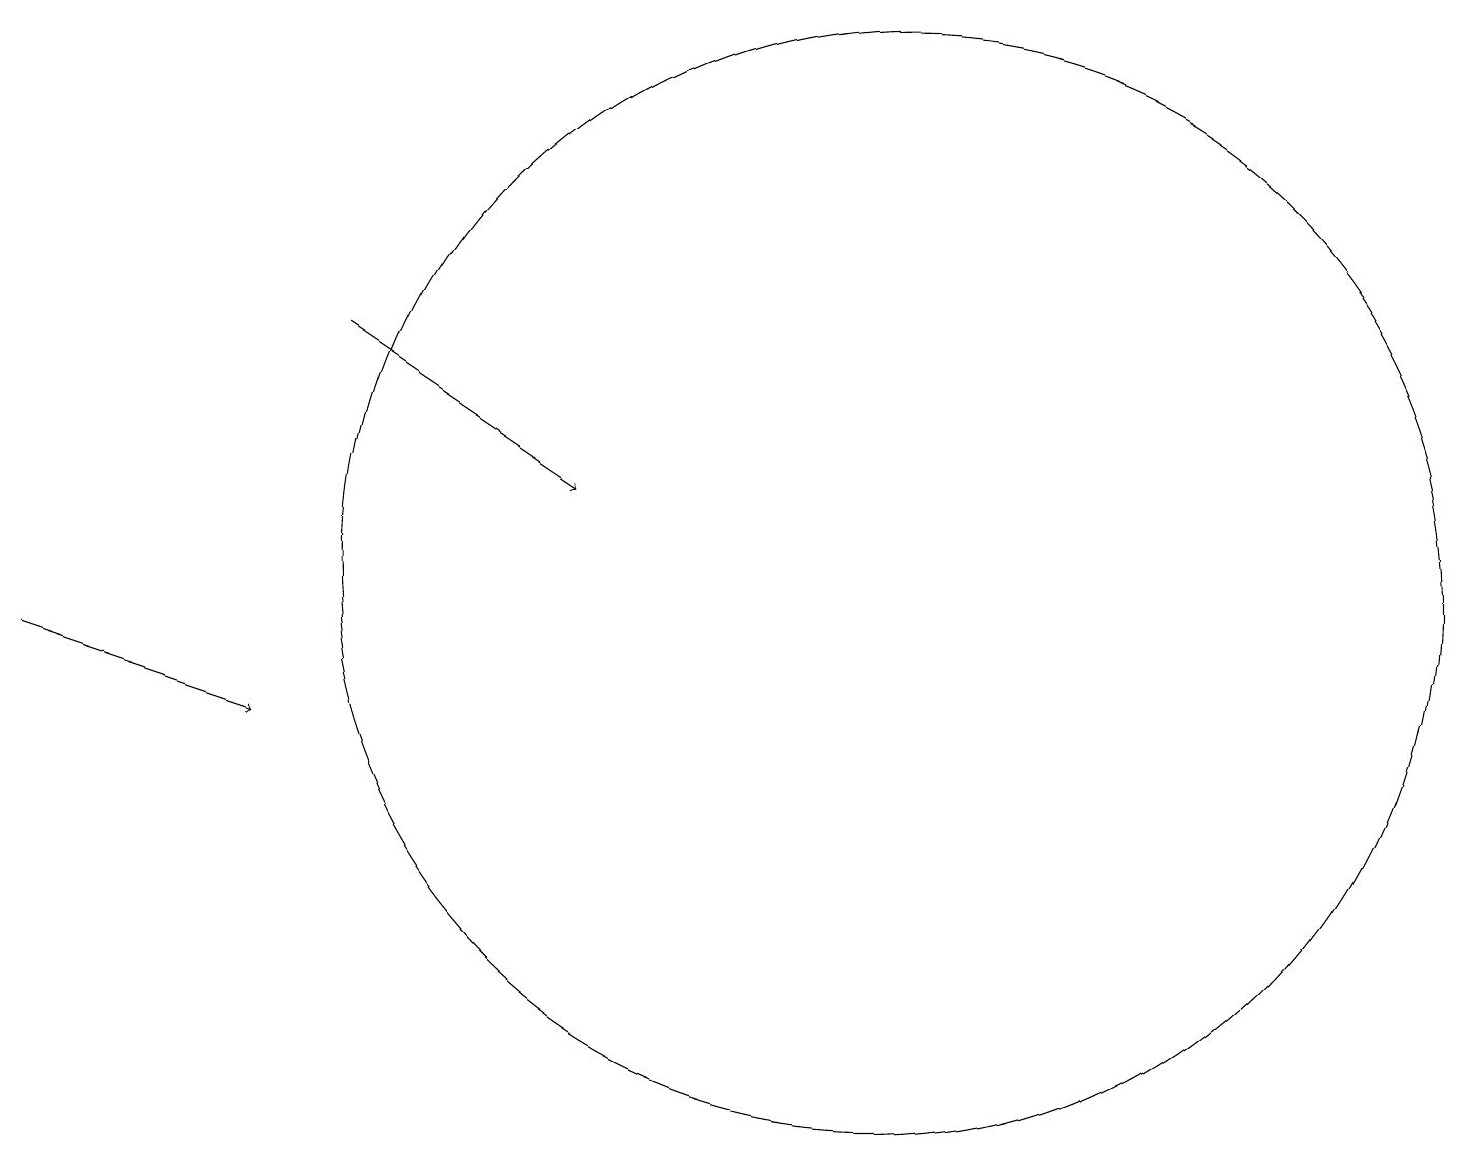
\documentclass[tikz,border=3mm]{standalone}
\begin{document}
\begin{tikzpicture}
\draw[->] (4,15) -- (7,13);
\draw[->] (0,11) -- (3,10);
\draw (11,12) circle (7);
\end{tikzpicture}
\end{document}